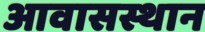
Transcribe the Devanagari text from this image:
आवासस्थान